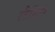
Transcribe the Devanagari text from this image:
लैसिंग